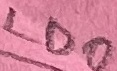
Text: LDO